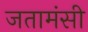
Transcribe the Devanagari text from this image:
जतामंसी